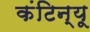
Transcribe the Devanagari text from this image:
कंटिन्यू